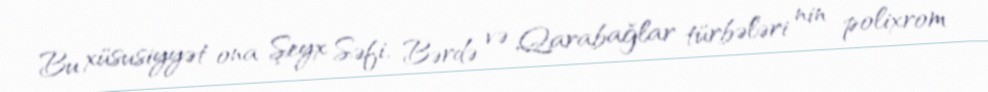
Bu xüsusiyyət ona Şeyx Səfi, Bərdə və Qarabağlar türbələri nin polixrom